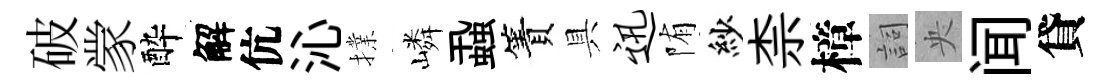
破䝉酔解伉沁擈嶙蝨簀具迅陏紗柰樟詞央闻貸